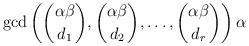
LaTeX: \begin{align*} \gcd\left(\binom{\alpha \beta}{d_1}, \binom{\alpha \beta}{d_2}, \dots , \binom{\alpha \beta}{d_r} \right) \alpha\end{align*}